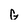
Character: G